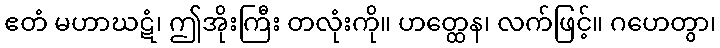
ဧတံ မဟာဃဋံ၊ ဤအိုးကြီး တလုံးကို။ ဟတ္ထေန၊ လက်ဖြင့်။ ဂဟေတွာ၊